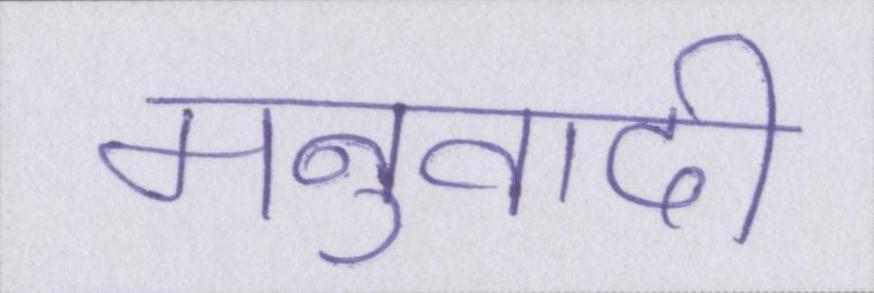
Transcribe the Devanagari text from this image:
मनुवादी